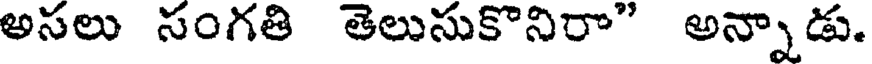
అసలు సంగతి తెలుసుకొనిరా" అన్నాడు.